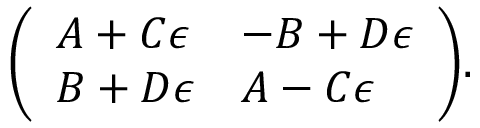
{ \left( \begin{array} { l l } { A + C \epsilon } & { - B + D \epsilon } \\ { B + D \epsilon } & { A - C \epsilon } \end{array} \right) } .